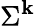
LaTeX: \Sigma^{\mathbf{k}}